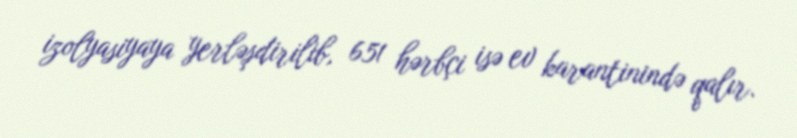
izolyasiyaya yerləşdirilib, 651 hərbçi isə ev karantinində qalır.